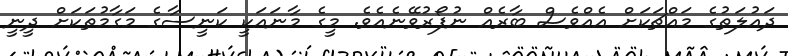
ދައުލަތުގެ މައްޗަކަށް އެއްވެސް ބާރެއް ނުފޯރުވޭނެއެވެ. މީގެ މާނައަކީ ކަނީސާގެ މަގާމުތަކަށް ދީނީ